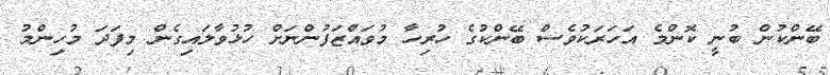
ބޭންކުން ބުނީ ކޮންމެ އަހަރަކުވެސް ބޭންކުގެ ހުރިހާ މުވައްޒަފުންނަށް ހުޅުވާލައިގެން މިފަދަ މުހިންމު